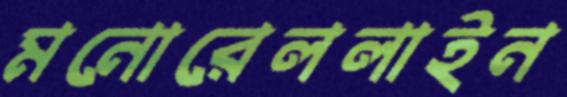
মনোরেললাইন